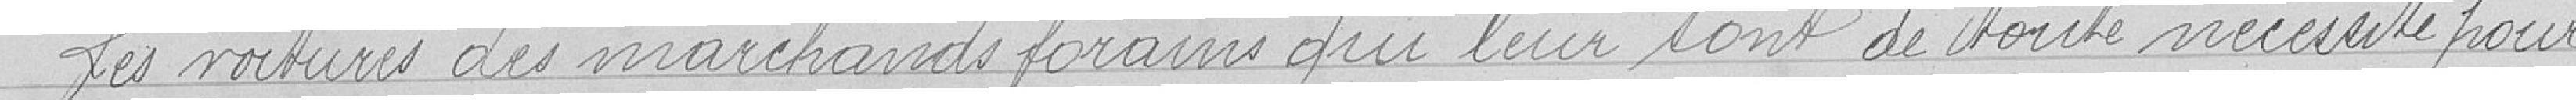
Les voitures de marchands forains qui leur sont de toute nécessité pour